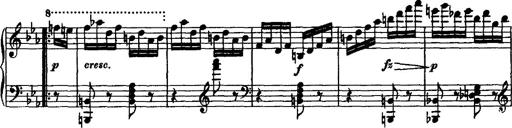
Title: Variation Ã¼ber einen Walzer von Diabelli
Composer: Franz Liszt